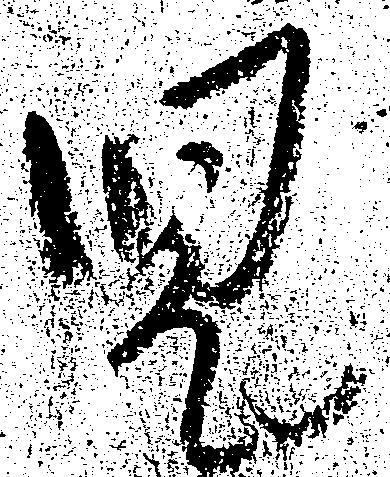
児